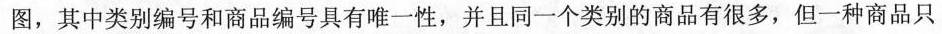
图，其中类别编号和商品编号具有唯一性，并且同一个类别的商品有很多，但一种商品只